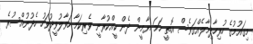
މިގައުމުގެ ހުރިހާދިމާލެއްގަވެސް އޮތީ ހަމަ ޔާމީން ދެން ކީއްކުރާނީ ވެރިކަމާ ހަވާލުވީދުވަހު ހެދުނުއްސުރެ